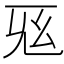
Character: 𢆺